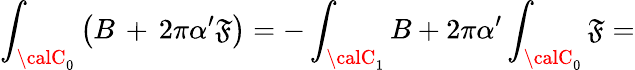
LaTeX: \int_{{\calC}_{0}}\left(B\, +\, 2\pi\alpha^{\prime}{\cal\mathfrak{F}}\right)=-\int_{{\calC}_{1}}B+2\pi\alpha^{\prime}\int_{{\calC}_{0}}{\cal\mathfrak{F}}=